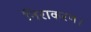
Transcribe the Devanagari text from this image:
निराकरण।